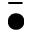
\bar { \bullet }